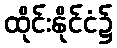
ထိုင်းနိုင်ငံ၌